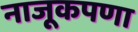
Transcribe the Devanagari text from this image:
नाजूकपणा